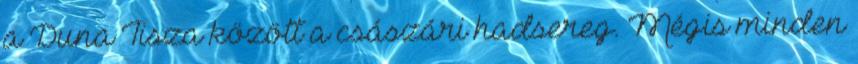
a Duna Tisza között a császári hadsereg. Mégis minden